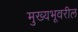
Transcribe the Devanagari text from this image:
मुख्यभूवरील